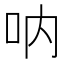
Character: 呐